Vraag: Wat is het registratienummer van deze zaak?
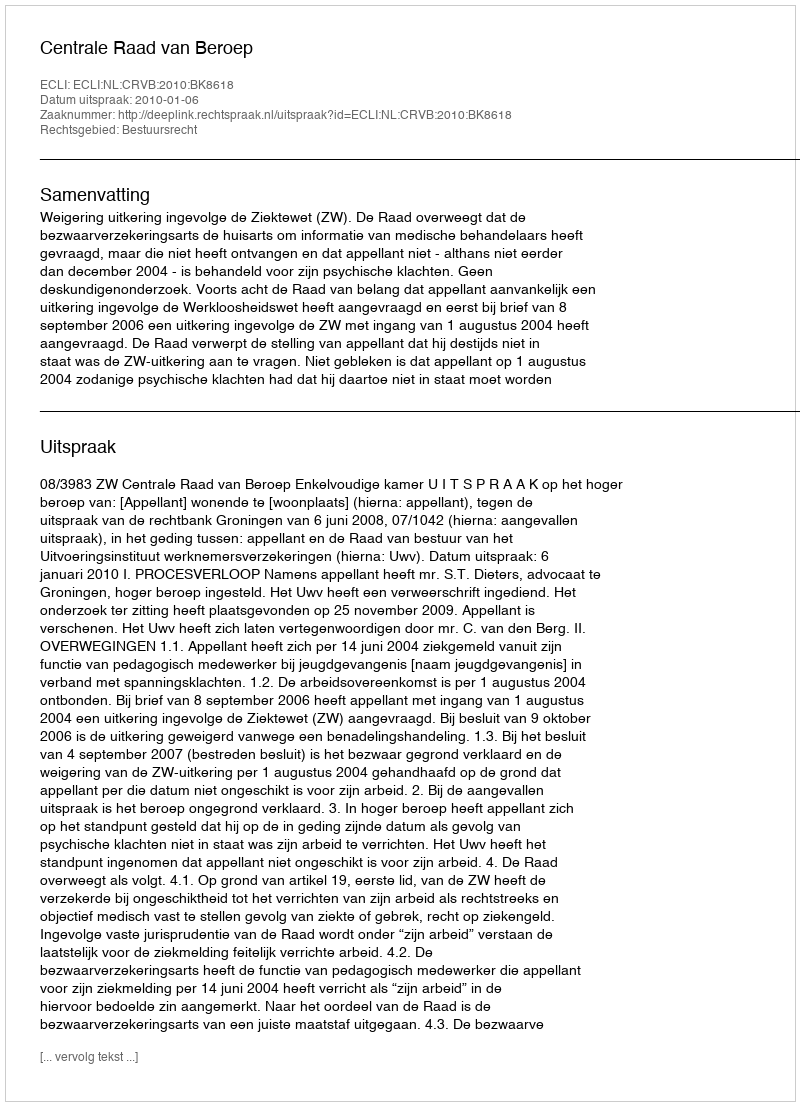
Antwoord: http://deeplink.rechtspraak.nl/uitspraak?id=ECLI:NL:CRVB:2010:BK8618